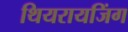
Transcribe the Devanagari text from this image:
थियरायजिंग